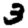
Digit: 3